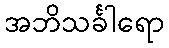
အဘိသင်္ခါရော